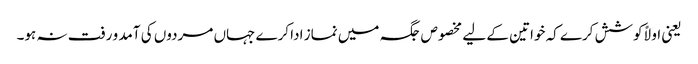
یعنی اولاً کوشش کرے کہ خواتین کے لیے مخصوص جگہ میں نماز ادا کرے جہاں مردوں کی آمد و رفت نہ ہو۔